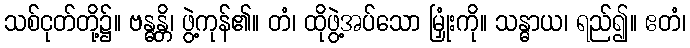
သစ်ငုတ်တို့၌။ ဗန္ဓန္တိ၊ ဖွဲ့ကုန်၏။ တံ၊ ထိုဖွဲ့အပ်သော မြှုံးကို။ သန္ဓာယ၊ ရည်၍။ ဧတံ၊